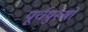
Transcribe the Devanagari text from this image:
पूर्वपुरूषों